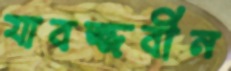
যাবজ্জবীন